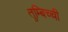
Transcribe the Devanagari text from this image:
तुम्बिच्ची